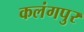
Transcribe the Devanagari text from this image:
कलंगपुर